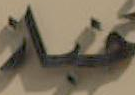
غيار